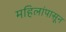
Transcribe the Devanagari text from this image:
महिलांपासून